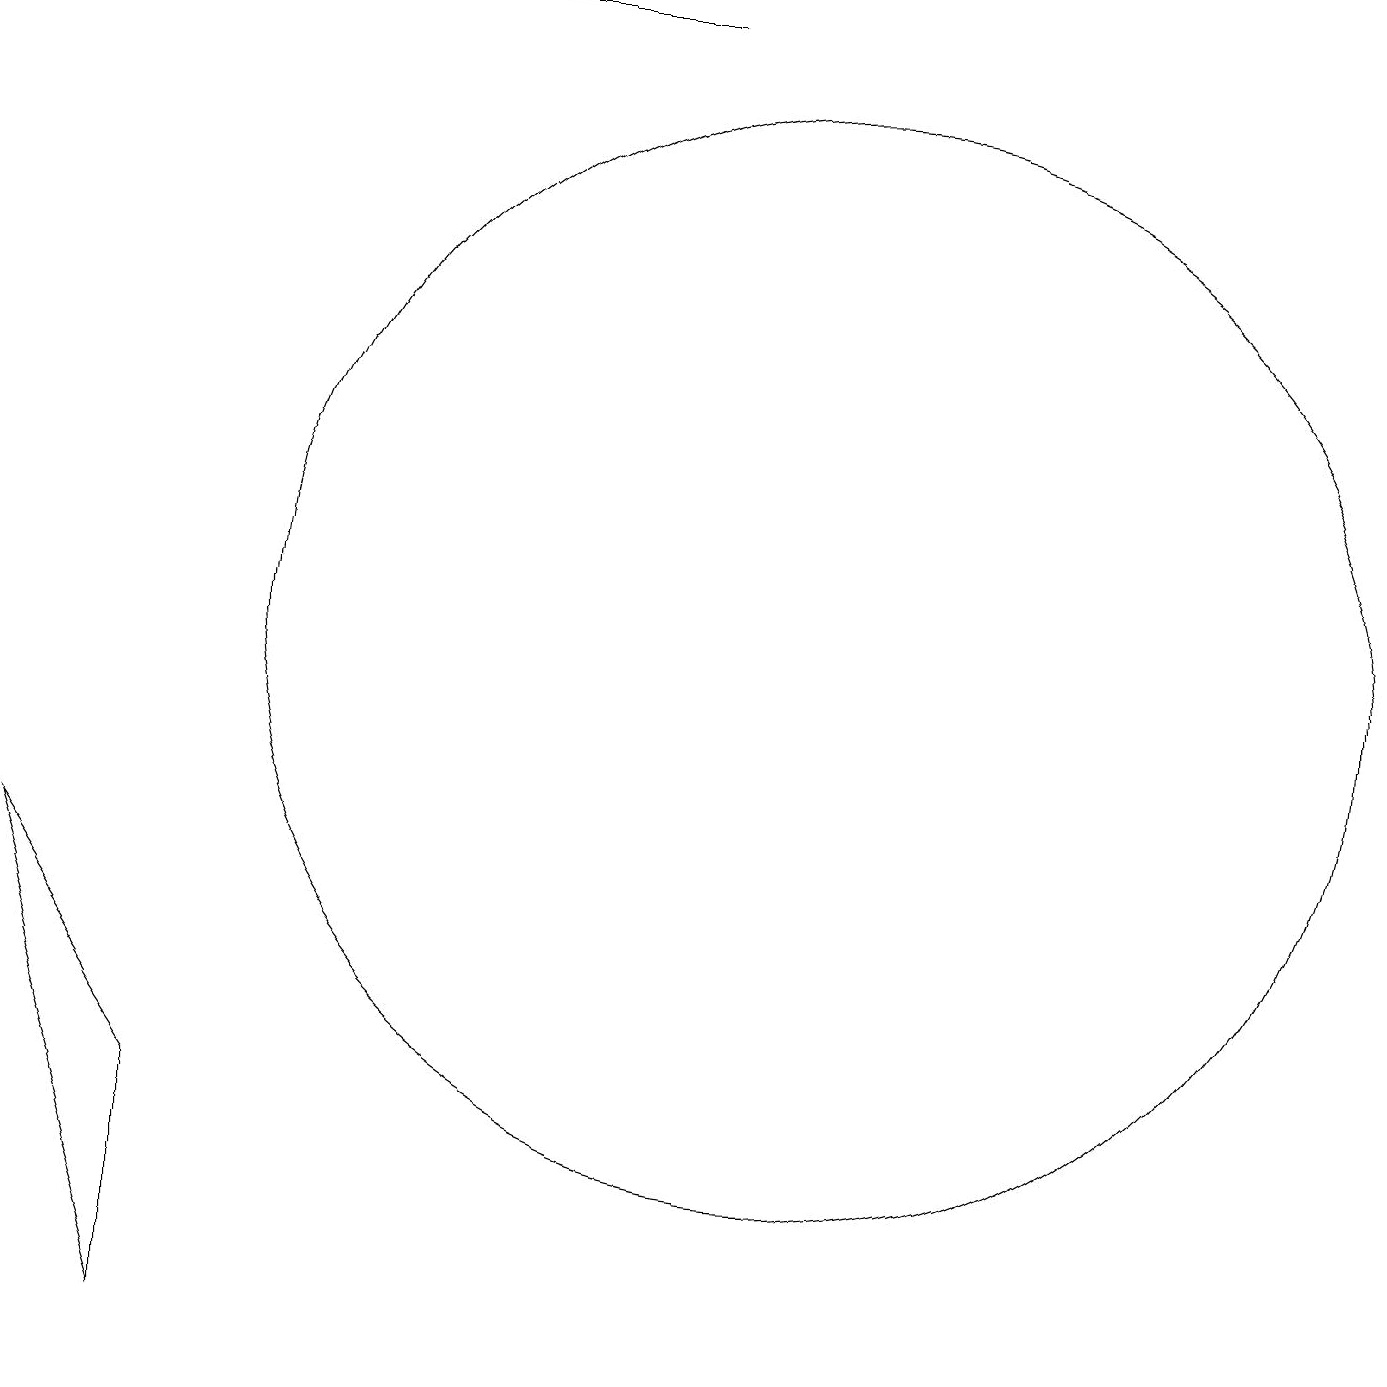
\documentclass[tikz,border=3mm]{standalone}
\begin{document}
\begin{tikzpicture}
\draw (11,10) circle (7);
\draw (3,4) -- (3,1) -- (1,7) -- cycle;
\draw (9,18) rectangle (1,18);
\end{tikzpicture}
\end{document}